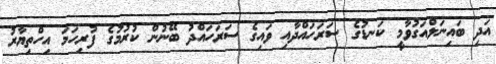
އަދި ބައިނަލްއަގުވާމީ ކަނޑުގެ ސަރަހައްދާއި ވައިގެ ސަރަހައްދު ބޭނުން ކުރުމުގެ ފުރިހަމަ އިހްތިޔާރު